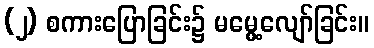
(၂) စကားပြောခြင်း၌ မမွေ့လျော်ခြင်း။